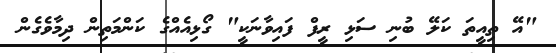
"އޭ ތިއީތަ ކަލޭ ބުނި ސަޅި ރީފް ފައިވާނަކީ" ގޯޅިއެއްގެ ކަންމަތިން ދިމާވެގެން